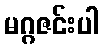
မဂ္ဂဇင်းပါ